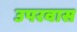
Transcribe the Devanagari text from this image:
उपरवास